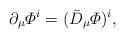
LaTeX: \begin{align*}\partial_\mu{\mit\Phi}^i = (\bar D_\mu{\mit\Phi})^i ,\end{align*}